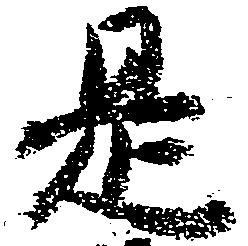
是